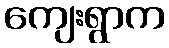
ကျေးရွာက